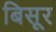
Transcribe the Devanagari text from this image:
बिसूर